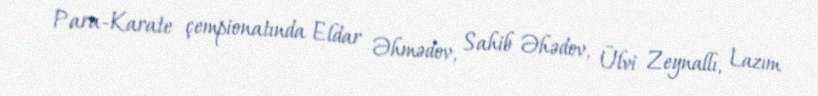
Para-Karate çempionatında Eldar Əhmədov, Sahib Əhədov, Ülvi Zeynallı, Lazım